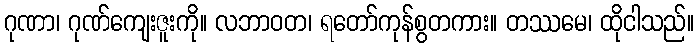
ဂုဏာ၊ ဂုဏ်ကျေးဇူးကို။ လဘာဝတ၊ ရတော်ကုန်စွတကား။ တဿမေ၊ ထိုငါသည်။